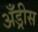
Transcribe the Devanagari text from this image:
अँड्रीस